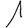
Digit: 1